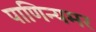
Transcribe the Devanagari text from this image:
पाणिन्यमर